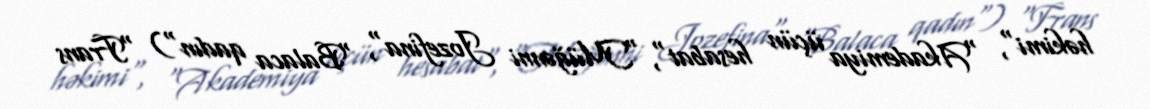
həkimi", "Akademiya üçün hesabat", "Müğənni Jozefina", "Balaca qadın") "Frans